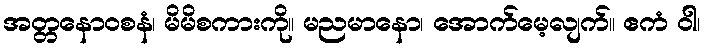
အတ္တနောဝစနံ၊ မိမိစကားကို။ မညမာနော၊ အောက်မေ့လျက်။ ဧကံ ဝါ၊